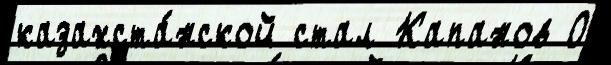
казахста́нской стал Капанов 0